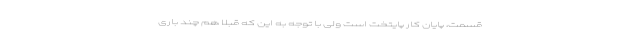
قسمت، پایان کار پایتخت است ولی با توجه به این که قبلا هم چند باری